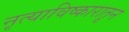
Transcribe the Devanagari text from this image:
नृत्याविष्कारातून